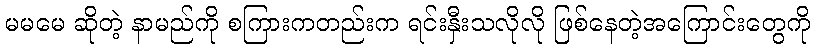
မမမေ ဆိုတဲ့ နာမည်ကို စကြားကတည်းက ရင်းနှီးသလိုလို ဖြစ်နေတဲ့အကြောင်းတွေကို